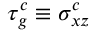
\tau _ { g } ^ { c } \equiv \sigma _ { x z } ^ { c }